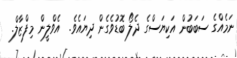
ނަމެއްގެ ސަބަބުން އަކިޔަސްގެ ދެލޯ ބޮޑުވެގެން ދިޔައެވެ.  އެވްލީން މިފްޒާލް.